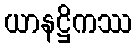
ယာနဋ္ဌိကဿ